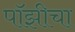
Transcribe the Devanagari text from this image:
पॉझीचा